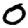
Digit: 0